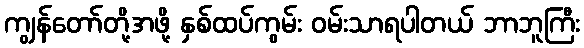
ကျွန်တော်တို့အဖို့ နှစ်ထပ်ကွမ်း ဝမ်းသာရပါတယ် ဘာဘူကြီး